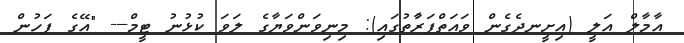
އާމާލް އަލީ (އިށީނދެގެން ވައަތްފަރާުތުގައި): މިނިވަންވަޔާގެ ލަވަ ކުޅުނު ޓީމް--- "އޭގެ ފަހުން